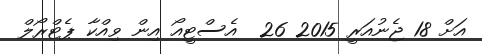
އަށް 18 ޖެނުއަރީ 2015 26  އެސްޓީއޯ އިން ވިއްކާ ޕެޓްރޯލް